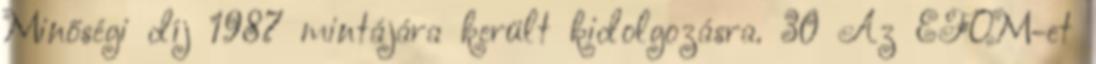
Minőségi díj 1987 mintájára került kidolgozásra. 30 Az EFQM-et